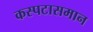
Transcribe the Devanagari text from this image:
कस्पटासमान